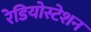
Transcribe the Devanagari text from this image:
रेडियोस्टेशन